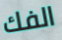
الفك